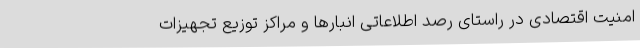
امنیت اقتصادی در راستای رصد اطلاعاتی انبارها و مراکز توزیع تجهیزات